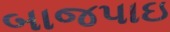
બાજપાઇ